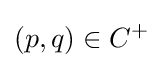
(p,q)\in C^{+}